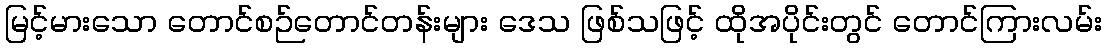
မြင့်မားသော တောင်စဉ်တောင်တန်းများ ဒေသ ဖြစ်သဖြင့် ထိုအပိုင်းတွင် တောင်ကြားလမ်း